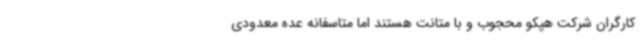
کارگران شرکت هپکو محجوب و با متانت هستند اما متاسفانه عده معدودی